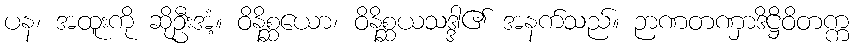
ပန၊ အထူးကို ဆိုဦးအံ့။ ဝိနိစ္ဆယော၊ ဝိနိစ္ဆယသဒ္ဒါ၏ အနက်သည်။ ဉာဏတဏှာဒိဋ္ဌိဝိတက္က